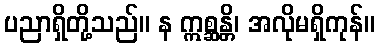
ပညာရှိတို့သည်။ န ဣစ္ဆန္တိ၊ အလိုမရှိကုန်။